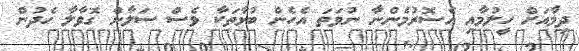
ދިމާއަށް ހީލުމާއި އެސޮރުމެންނާ ނުވަތަ އެހެން ބުޅާތަކާ ވެސް ސަލާން ގޮވާލާ ހެދުން